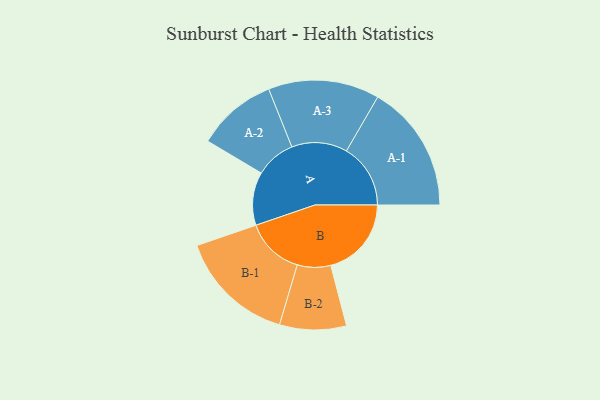
{"axis": {"x": "Segment", "y": "Value"}, "legend": ["", "A", "B"], "data": [{"x": "A", "y": 244, "type": ""}, {"x": "B", "y": 370, "type": ""}, {"x": "A-1", "y": 294, "type": "A"}, {"x": "A-2", "y": 184, "type": "A"}, {"x": "A-3", "y": 255, "type": "A"}, {"x": "B-1", "y": 268, "type": "B"}, {"x": "B-2", "y": 153, "type": "B"}]}